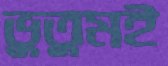
ভুতুমই